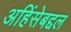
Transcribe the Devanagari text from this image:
अहिंसेबद्दल